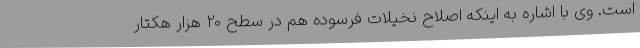
است. وی با اشاره به اینکه اصلاح نخیلات فرسوده هم در سطح 20 هزار هکتار